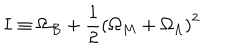
I \equiv \Omega _ { B } + \frac { 1 } { 2 } \left( \Omega _ { M } + \Omega _ { \Lambda } \right) ^ { 2 }